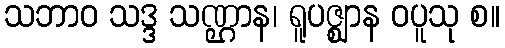
သဘာဝ သဒ္ဒ သဏ္ဌာန၊ ရူပဇ္ဈာန ဝပူသု စ။